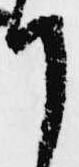
て